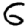
Digit: 6